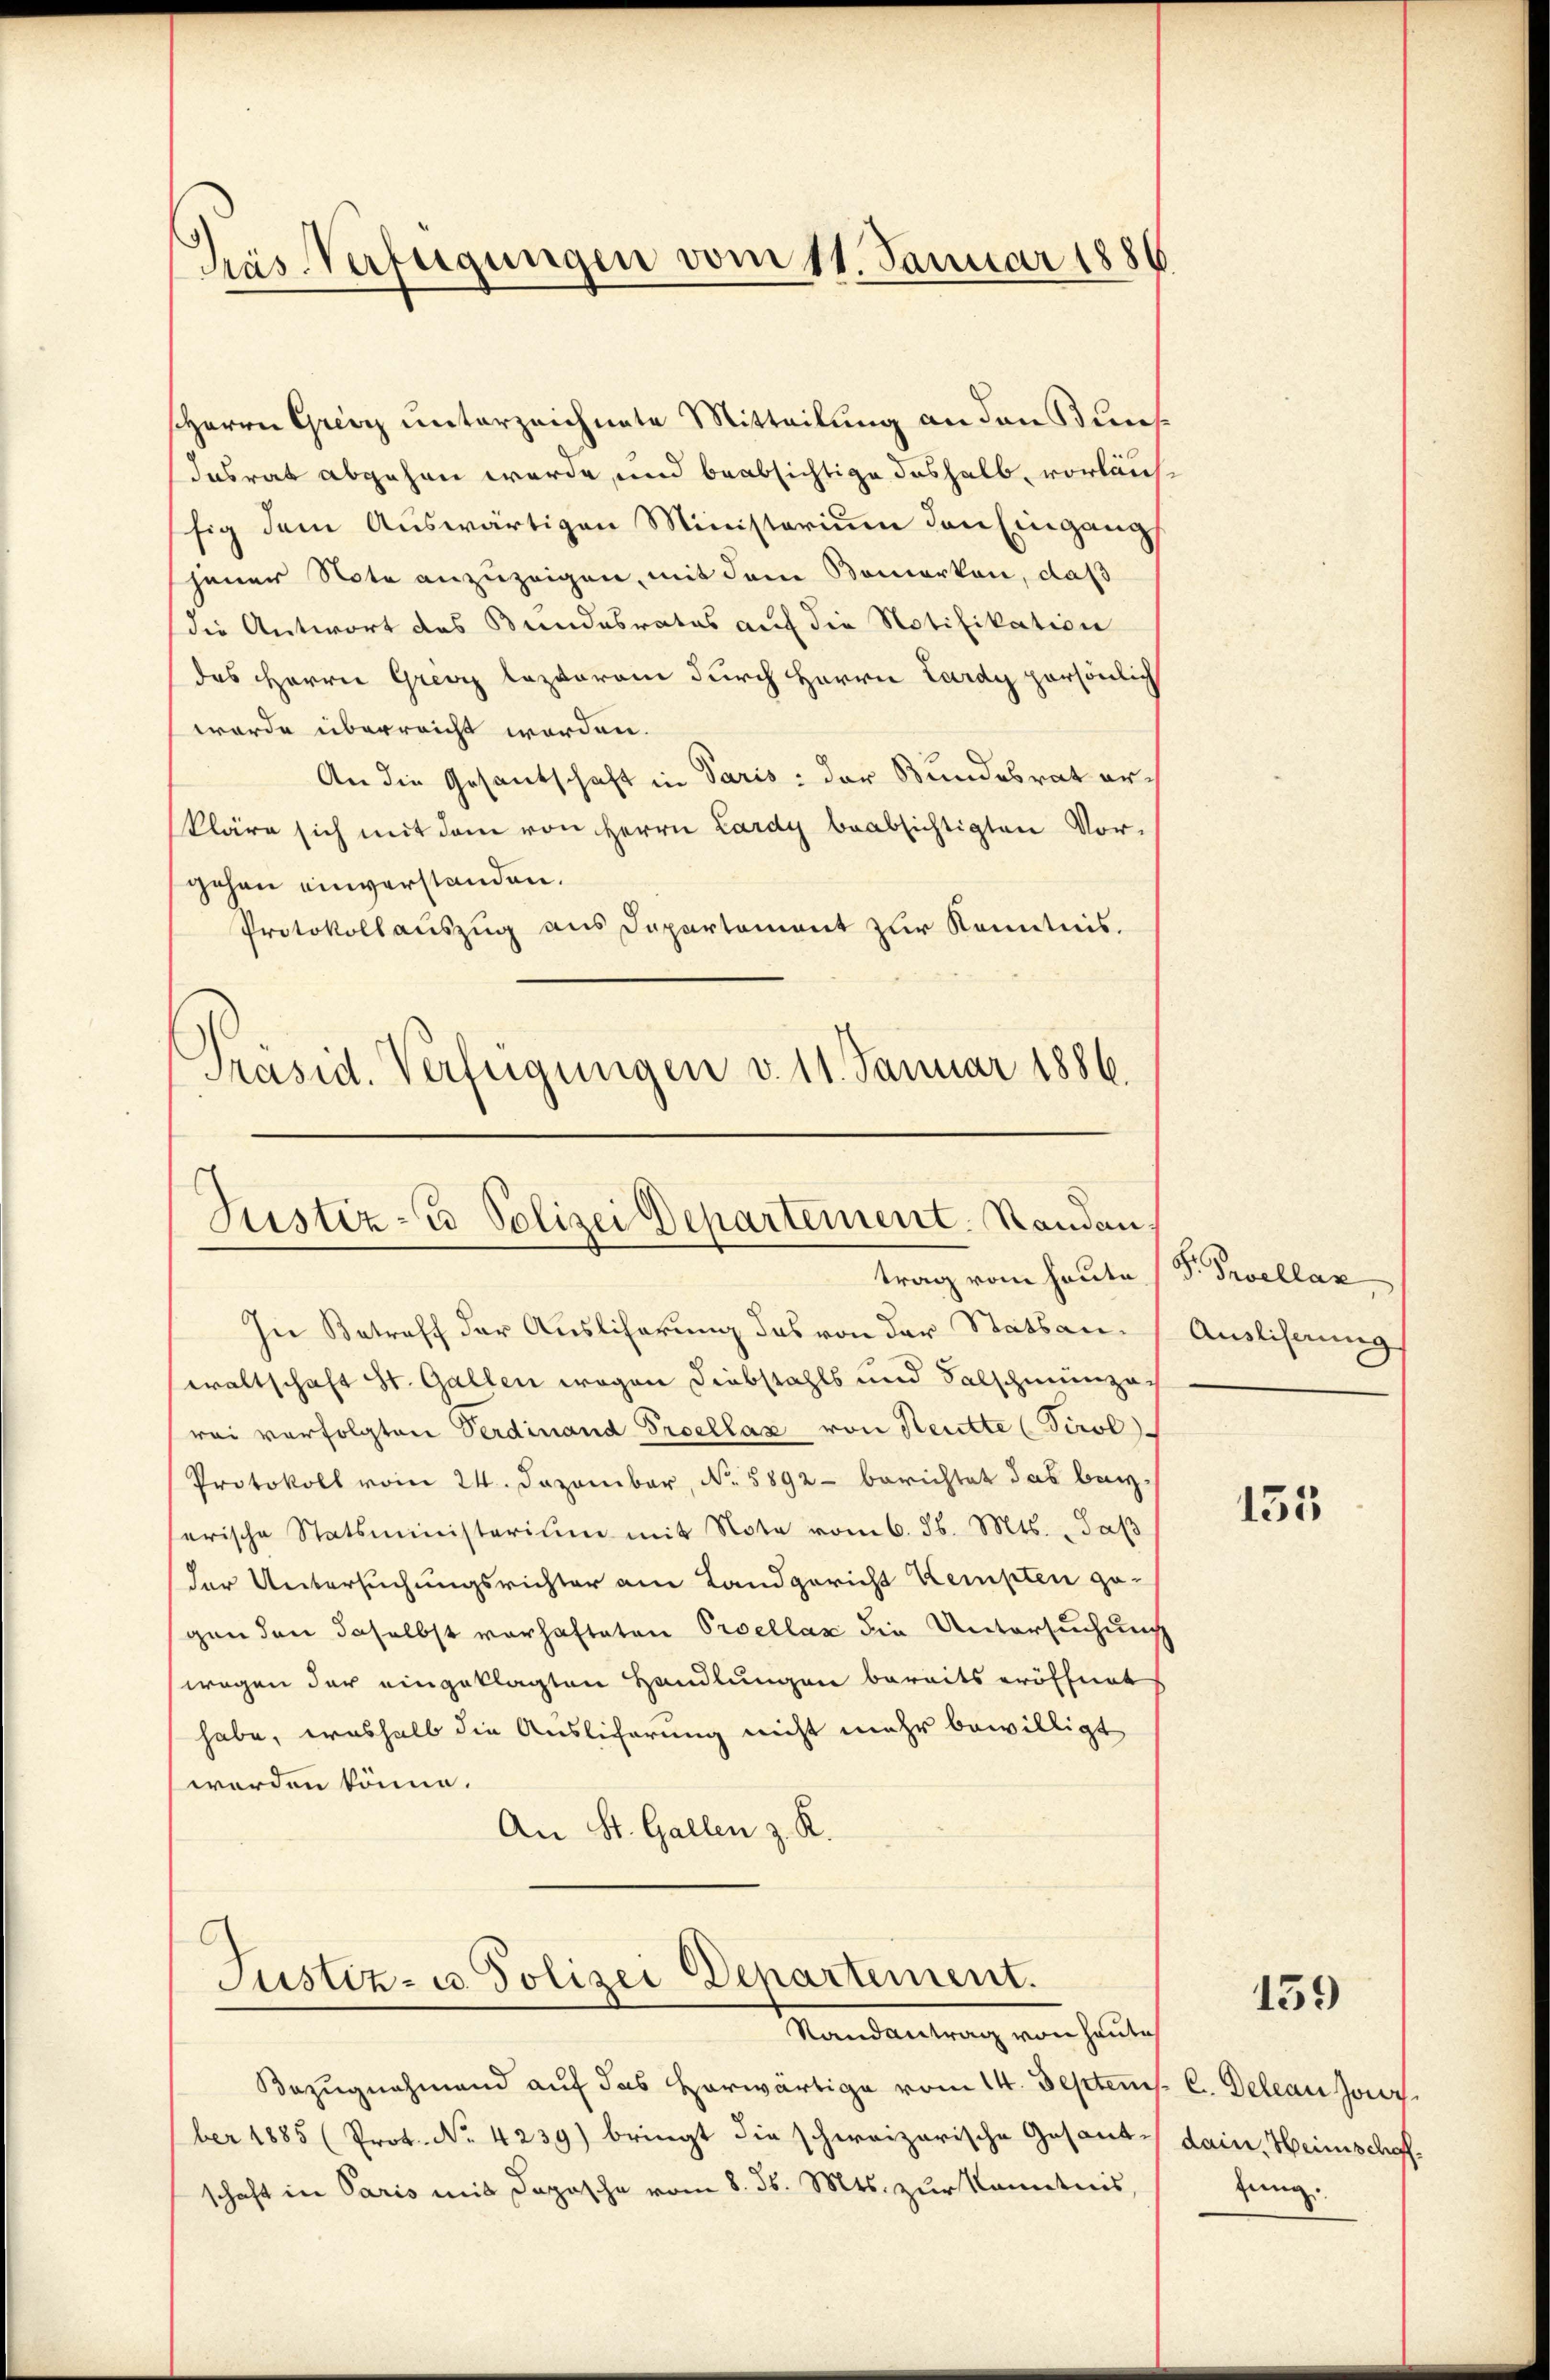
Kas Verfügungen vom 11. Januar 1886

Herrn Grenz unterzeichnete Mitteilung an den Kunst
Insrat abgehen werde, und beabsichtige deshalb, vorläufsig dem Auswärtigen Ministerium den Eingang
jener Note anzuzeigen, mit dem Somerken, daß
die Antwort des Bundesrates auf die Notifikation
das Herrn Grenz lazarem durch Herrn Lardy persönlich
worde überreicht worden.
An die Gesandschaft in Paris der Bundesrat erkläre sich mit dem von Herrn Lardy beabsichtigten Vor-
gehen einverstanden.
Protokollauszug aus Departement zur Kenntnis.
Präsid. Verfügungen v. 11. Januar 1886.

In Betreff der Auslicherung das von der Statsan- Auslihnung
waltschaft St. Gallen wegen Diebstahls und Falschmunzerei verfolgten Verdinand Proellaz von Heutte (Tirol.
Protokoll vom 24. Dezember, N. 5892 berichtet das beyserische Statsministerium mit Note vom 6. d. Mts. daβ
der Untersuchungsrichter am Landgericht Kempten ge-
gen den daselbst vorhafteten Proellaz die Untersuchung
wegen der eingeklagten Handlungen bereits eröffnet
habe, weshalb die Auslicherung nicht mehr bewilligt
werden könne.
An St. Gallen z. K.

Justiz- & Polizei Departement. Randan
trag vom heute

Justiz- u. Polizei Departement.

Mandartung von heulich
Bezugnahmend auf das Horwärtige vom 14. Septem. C. Deleau Jour
ber 1885 (Prot. No. 4239) bringt die schweizerische Gesant-
schaft in Paris mit Dopasche vom 8. d. Mts. zur Kenntnis

S. Grellan

135

159

dain, Heimschoff
zung.